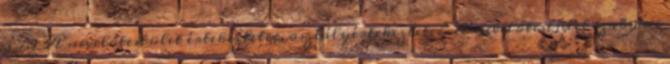
3 7.2 A nevelőtestület értekezletei, osztályértekezletei A nevelőtestület szakmai